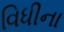
વિધીના